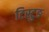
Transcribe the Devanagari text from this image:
टिस्टुङ